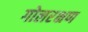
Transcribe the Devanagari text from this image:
गोलरक्षण